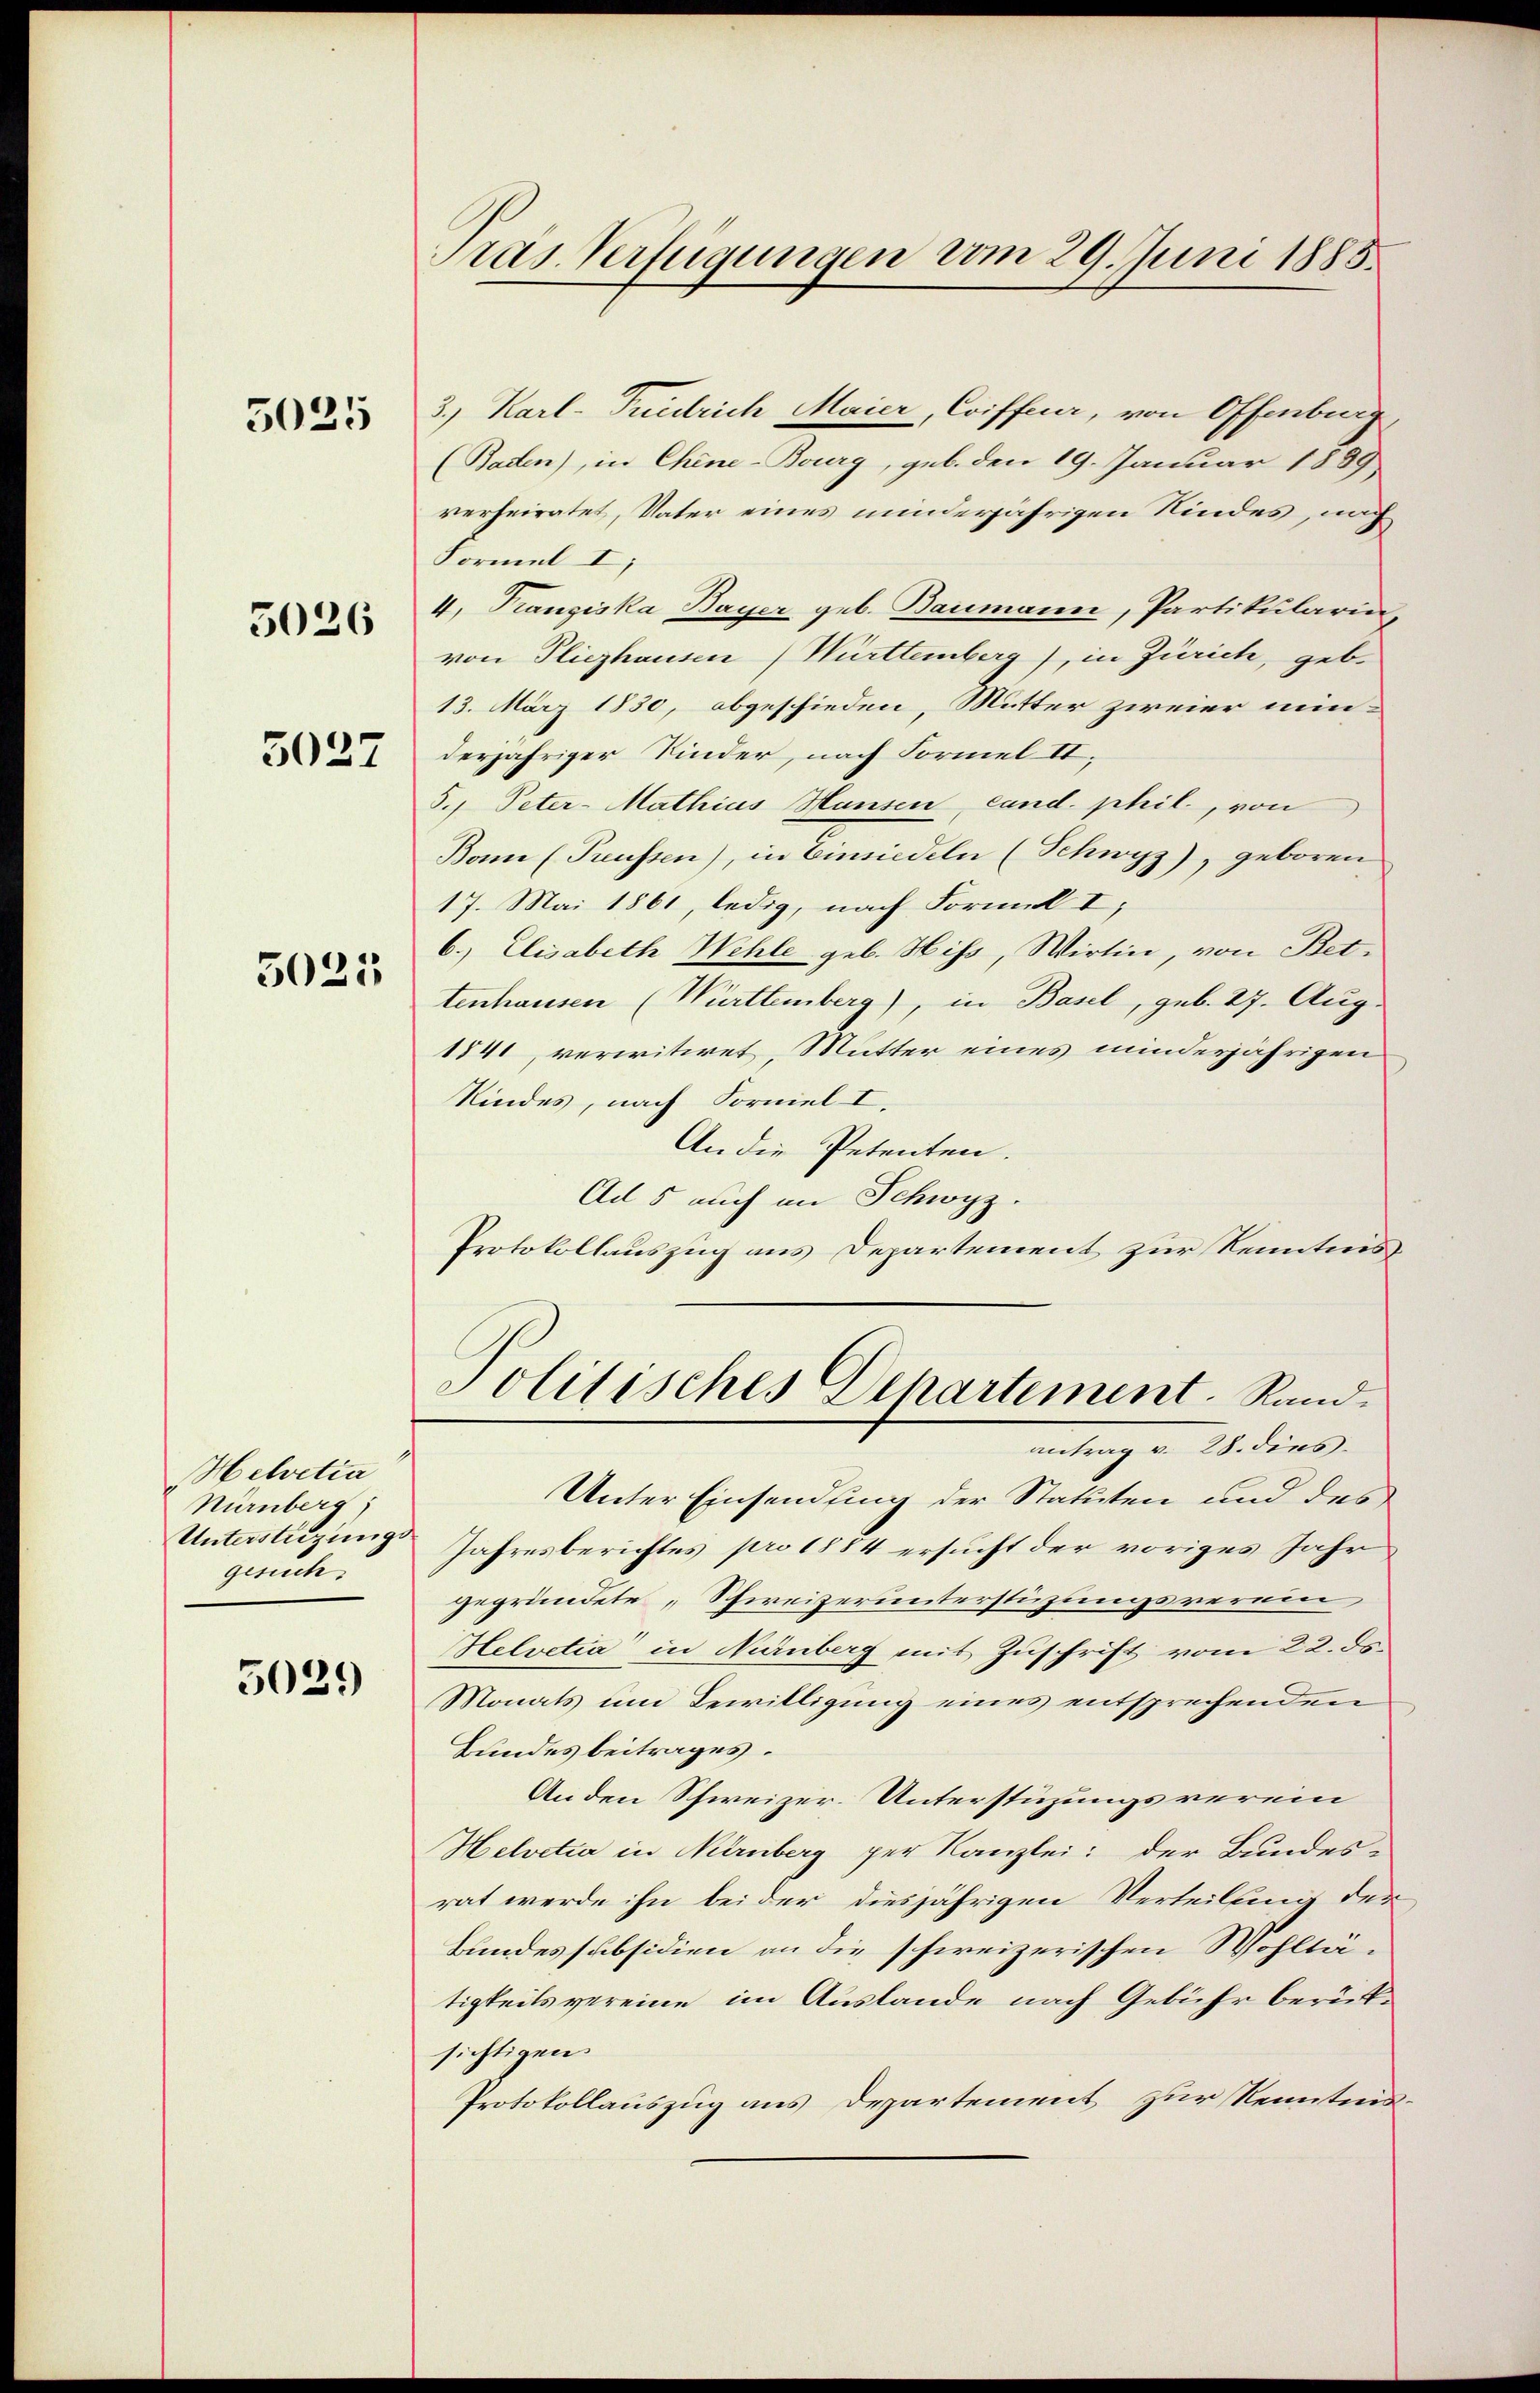
5025

5026

5027

5021

Helvetia
Nürnberg;
Unterstüzungs
gesuch

5021)

Pras Verfügungen vom 29. Juni 1885.

3.) Karl-Friedrich Maier, Coiffeur, von Offenburg
(Batten), in Chine-Bourg, geb. den 19. Januar 1889
verheiratet, Vater eines minderjährigen Kindes, nach
Formel I
4. Franziska Bayer geb. Baumann, Partikularin,
von Pliezhausen) Württemberg), in Zürich, geb.
13. März 1830, abgeschieden, Mutter zweier min-
derjähriger Kinder, nach Formel II.
5., Peter-Mathias Hausen, cand. phil., von
Bonn (Preussen), in Einsiedeln (Schwyz), geboren
17. Mai 1861, ledig, nach Formell I,
6.) Elisabeth Wehle geb. Hiss, Wirtin, von Bet-
tenhausen (Württemberg), in Basel, geb. 27. Aug.
1841, verwitwet, Mutter eines minderjährigen
Kindes, nach Formel I.
An die Petenten.
Ad 5 auch an Schwyz.
Protokollauszug aus Departement zur Kenntnis
Politisches Departement. Rand
mitung an Widers
Unter Einsendung der Statuten und des
Jahresberichtes pro 1884 ersucht der voriges Jahr
gegründete „Schweizerunterstüzungsverein
Helvetia" in Nürnberg mit Zuschrift vom 22. ds.
Monats um Bewilligung eines entsprechenden
Bundes beitrages.
Anden Schweizer. Unterstüzungsverein
Helvetia in Nürnberg per Kanzlei: der Bundes-
rat werde ihn bei der diesjährigen Verteilung der
Bundes subsidien an die schweizerischen Wohltatigkeits vereine im Auslande nach Gebühr berücksichtigen
Protokollauszug aus Departement zur Kenntens¬